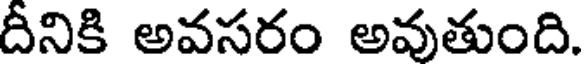
దీనికి అవసరం అవుతుంది.